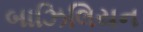
બાઝિલિયન